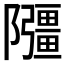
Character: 𫕘